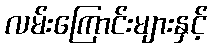
လမ်းကြောင်းများနှင့်